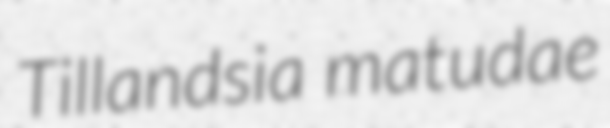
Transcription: Tillandsia matudae